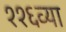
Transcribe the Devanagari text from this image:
११६व्या